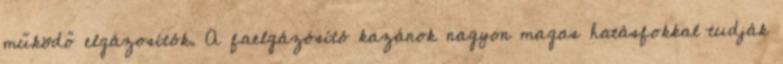
működő elgázosítók. A faelgázósító kazánok nagyon magas hatásfokkal tudják